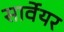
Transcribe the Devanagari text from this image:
सार्वेयर